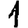
Digit: 1